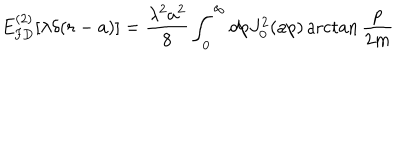
E _ { \mathrm { F D } } ^ { ( 2 ) } [ \lambda \delta ( r - a ) ] = \frac { \lambda ^ { 2 } a ^ { 2 } } { 8 } \int _ { 0 } ^ { \infty } d p J _ { 0 } ^ { 2 } ( a p ) \operatorname { a r c t a n } \frac { p } { 2 m }